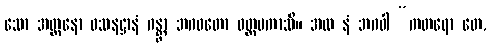
သော အတ္တနော ဝသနဋ္ဌာနံ ဂန္တွာ ဘဂဝတော ဝတ္တမကာသိ။ အထ နံ ဘဂဝါ “ကတရော တေ,